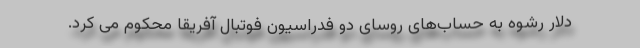
دلار رشوه به حساب‌های روسای دو فدراسیون فوتبال آفریقا محکوم می کرد.